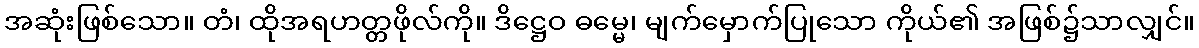
အဆုံးဖြစ်သော။ တံ၊ ထိုအရဟတ္တဖိုလ်ကို။ ဒိဋ္ဌေဝ ဓမ္မေ၊ မျက်မှောက်ပြုသော ကိုယ်၏ အဖြစ်၌သာလျှင်။